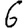
Digit: 6